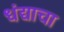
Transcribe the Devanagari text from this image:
धंद्याचा